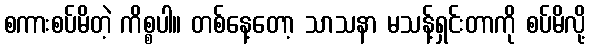
စကားစပ်မိတဲ့ ကိစ္စပါ။ တစ်နေ့တော့ သာသနာ မသန့်ရှင်းတာကို စပ်မိလို့